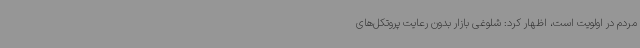
مردم در اولویت است، اظهار کرد: شلوغی بازار بدون رعایت پروتکل‌های